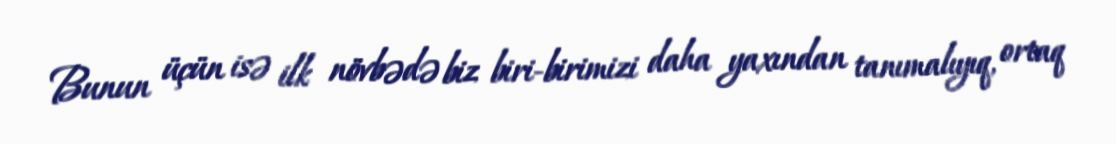
Bunun üçün isə ilk növbədə biz biri-birimizi daha yaxından tanımalıyıq, ortaq